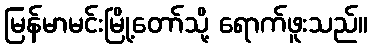
မြန်မာမင်းမြို့တော်သို့ ရောက်ဖူးသည်။